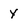
Character: y